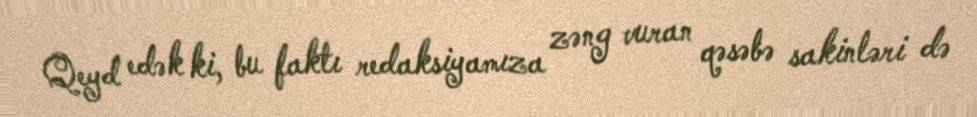
Qeyd edək ki, bu faktı redaksiyamıza zəng vuran qəsəbə sakinləri də